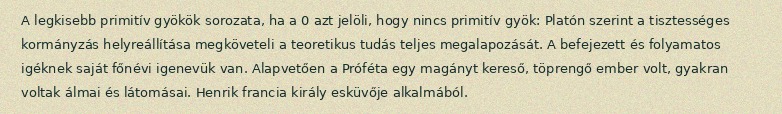
A legkisebb primitív gyökök sorozata, ha a 0 azt jelöli, hogy nincs primitív gyök: Platón szerint a tisztességes kormányzás helyreállítása megköveteli a teoretikus tudás teljes megalapozását. A befejezett és folyamatos igéknek saját főnévi igenevük van. Alapvetően a Próféta egy magányt kereső, töprengő ember volt, gyakran voltak álmai és látomásai. Henrik francia király esküvője alkalmából.